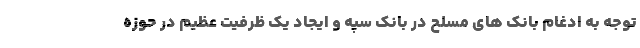
توجه به ادغام بانک های مسلح در بانک سپه و ایجاد یک ظرفیت عظیم در حوزه